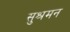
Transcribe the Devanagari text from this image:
सुश्रमन